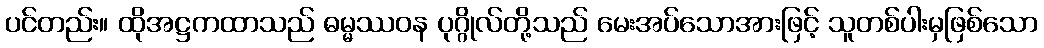
ပင်တည်း။ ထိုအဋ္ဌကထာသည် ဓမ္မဿဝန ပုဂ္ဂိုလ်တို့သည် မေးအပ်သောအားဖြင့် သူတစ်ပါးမှဖြစ်သော